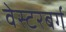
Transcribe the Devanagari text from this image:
वेस्टरबर्ग